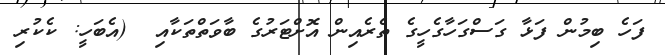
ފަހެ ބިމުން ފަޅާ ގަސްގަހާގެހީގެ ތެރެއިން އޮށްޓަރުގެ ބާވަތްތަކާއި  (އެބަހީ: ކެކުރި